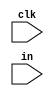
module Test_62 (
   clk, in
   );
   input clk;
   input [9:0] in;
   reg a [9:0];
   integer ai;
   always @* begin
      for (ai=0;ai<10;ai=ai+1) begin
	 a[ai]=in[ai];
      end
   end
   reg [1:0] b [9:0];
   integer   j;
   generate
      genvar i;
      for (i=0; i<2; i=i+1) begin
	 always @(posedge clk) begin
	    for (j=0; j<10; j=j+1) begin
	       if (a[j])
		 b[i][j] <= 1'b0;
	       else
		 b[i][j] <= 1'b1;
	    end
	 end
      end
   endgenerate
endmodule